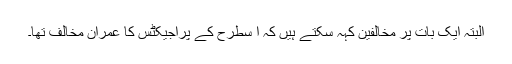
البتہ ایک بات پر مخالفین کہہ سکتے ہیں کہ ا سطرح کے پراجیکٹس کا عمران مخالف تھا۔